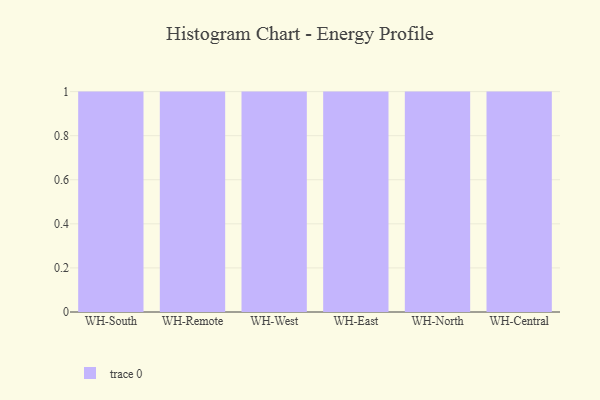
{"axis": {"x": "Warehouse", "y": "Humidity (%)"}, "legend": [""], "data": [{"x": "WH-South", "y": 23, "type": ""}, {"x": "WH-Remote", "y": 91, "type": ""}, {"x": "WH-West", "y": 20, "type": ""}, {"x": "WH-East", "y": 93, "type": ""}, {"x": "WH-North", "y": 87, "type": ""}, {"x": "WH-Central", "y": 27, "type": ""}]}